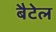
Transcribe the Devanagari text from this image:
बैटेल